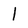
Character: l